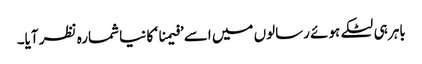
باہر ہی لٹکے ہوئے رسالوں میں اسے ’فیمنا ‘ کا نیا شمارہ نظر آیا۔